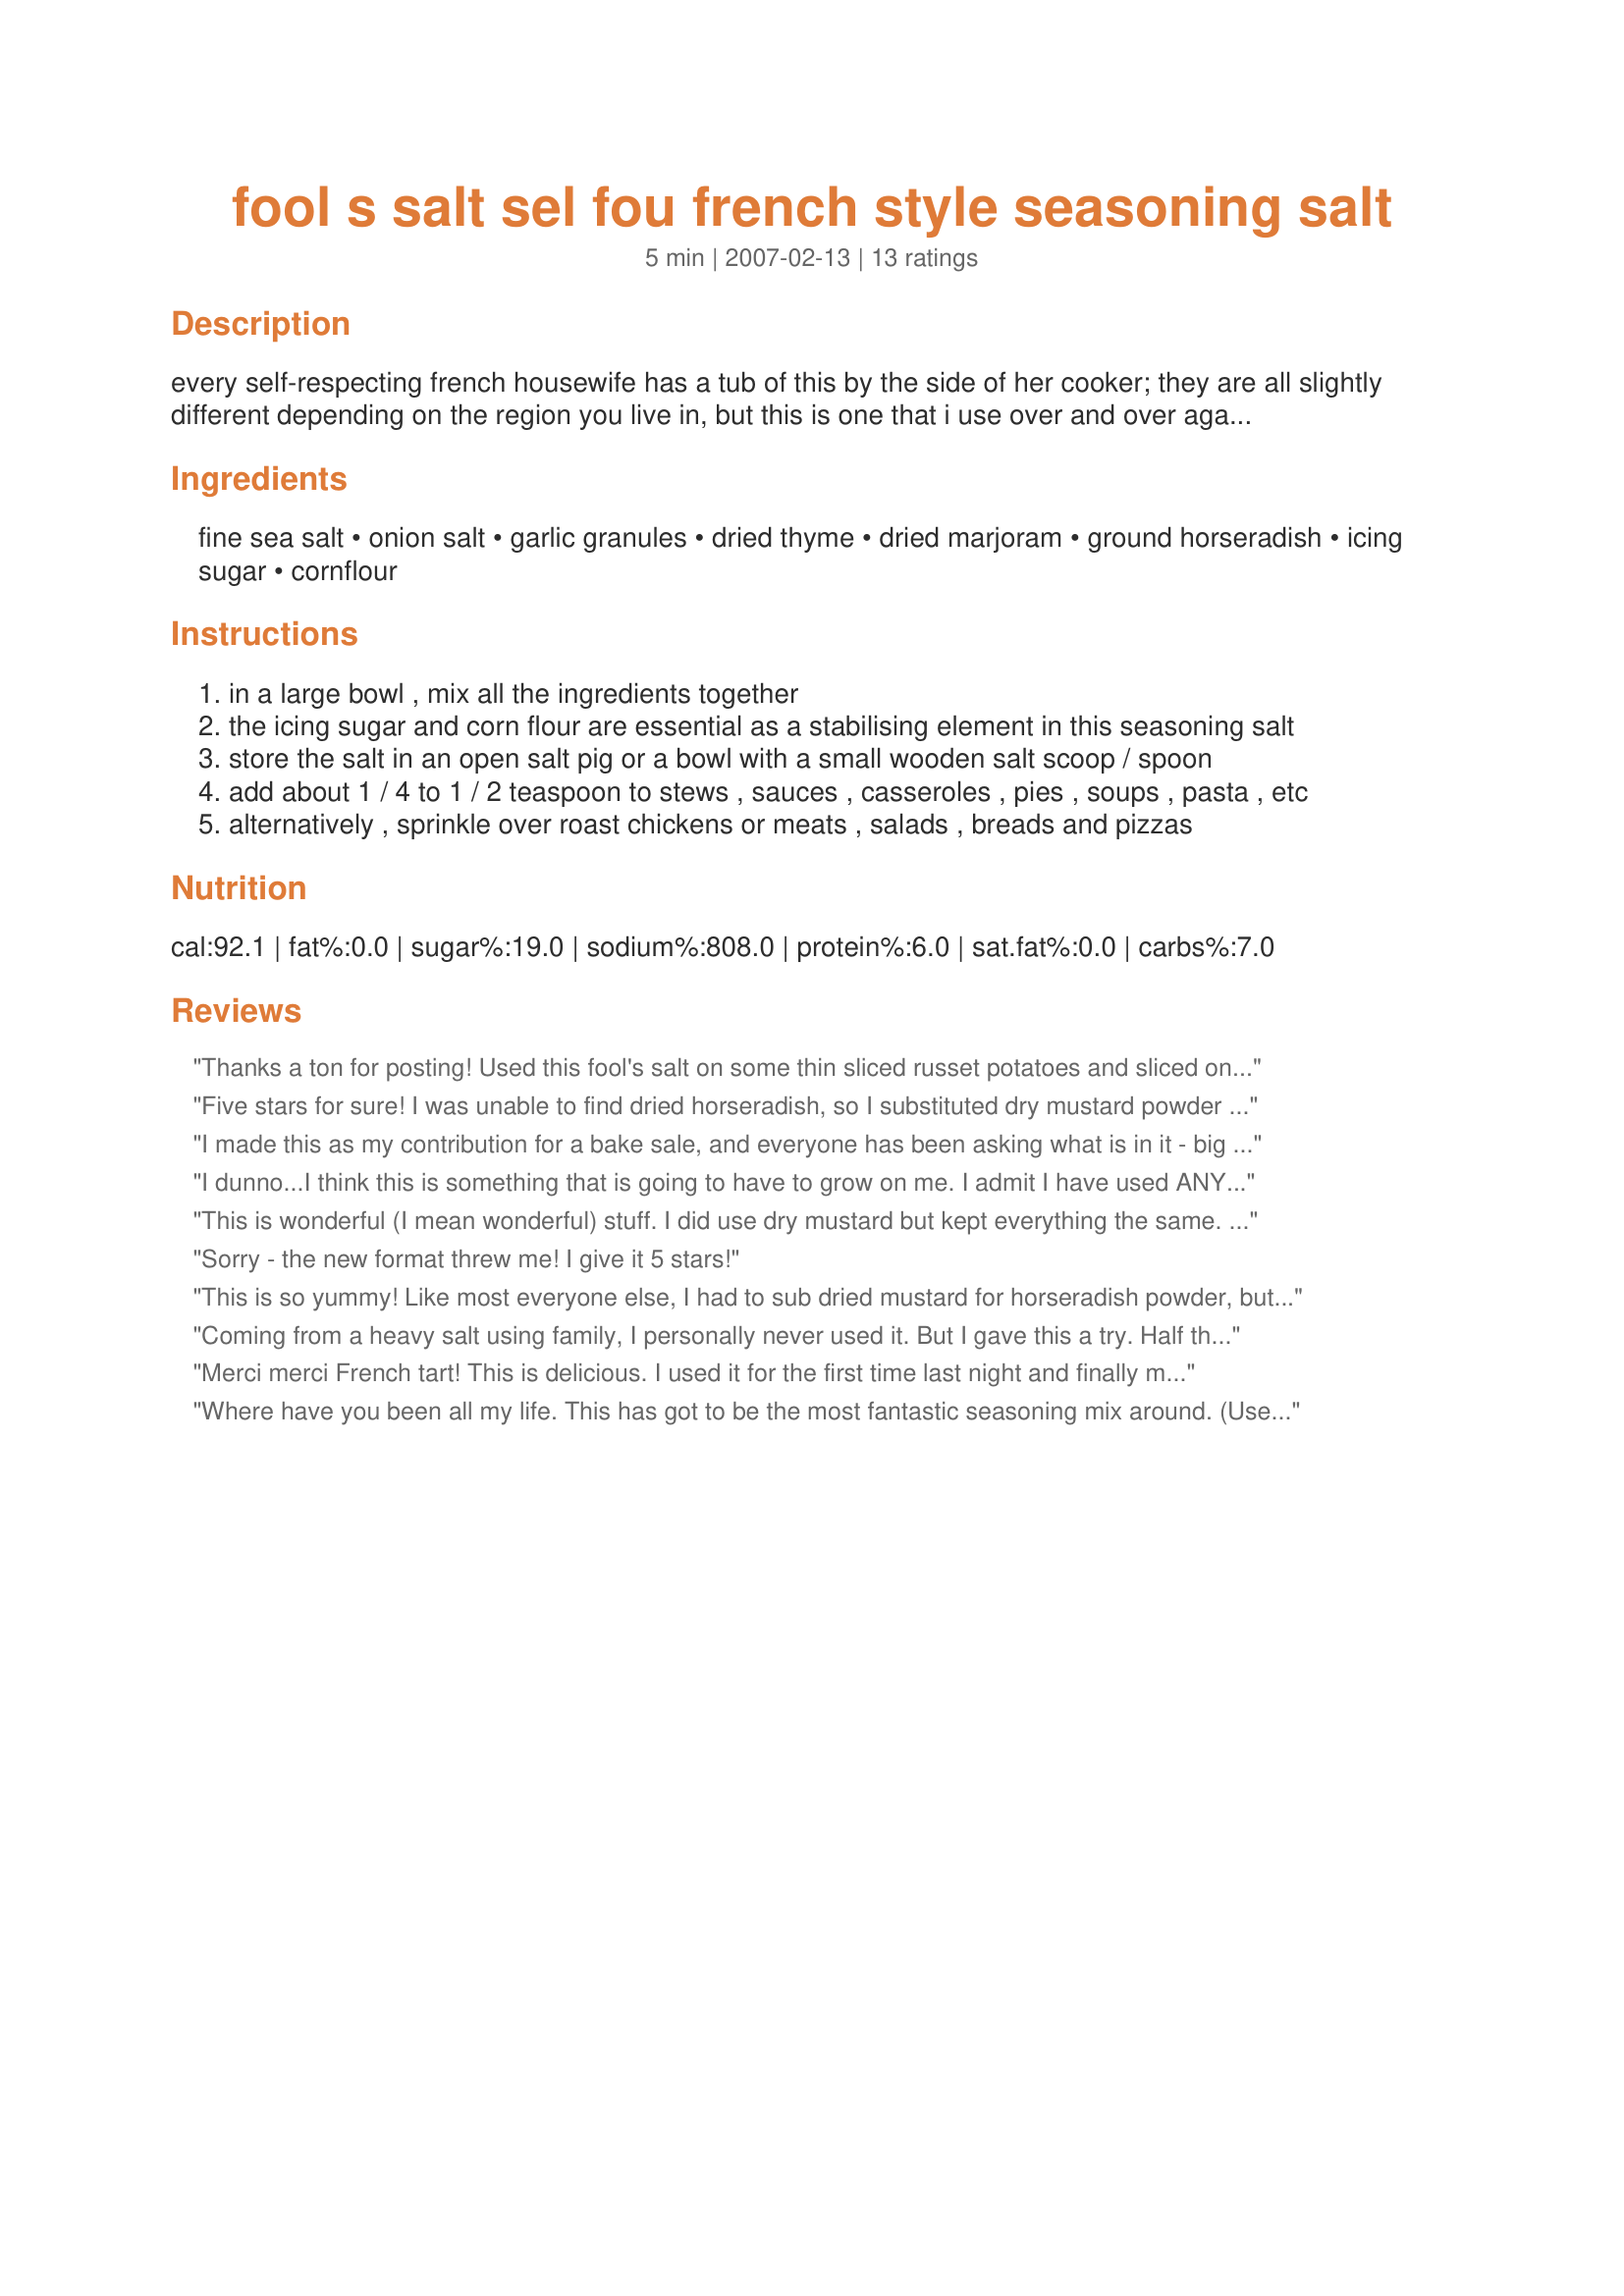
fool s salt sel fou french style seasoning salt
Preparation time: 5 minutes

every self-respecting french housewife has a tub of this by the side of her cooker; they are all slightly different depending on the region you live in, but this is one that i use over and over again. it has just a hint of herbs & spices, enhancing a dish rather than overpowering it. the french call this "sel fou" or fool's salt, which is a wonderful name for it i think! please note, i have not added any chilli powder or cayenne pepper in this mix - i realise that hot spices are popular in seasoning salts, but this is herbal rather than spiced! i use it to sprinkle over salads, add it to pasta, stews, soups, daubes, casseroles, pies, roast chicken & meat etc. it is also great sprinkled onto hot chips (french fries) & over the top of pizzas. i don't like to make huge quantities, due to the herbs losing their freshness and flavour - so, this makes about 125g (just over 5 ozs) of fool's salt; you can of course increase the quantities if you wish!

Ingredients:
fine sea salt, onion salt, garlic granules, dried thyme, dried marjoram, ground horseradish, icing sugar, cornflour

Steps:
in a large bowl , mix all the ingredients together
the icing sugar and corn flour are essential as a stabilising element in this seasoning salt
store the salt in an open salt pig or a bowl with a small wooden salt scoop / spoon
add about 1 / 4 to 1 / 2 teaspoon to stews , sauces , casseroles , pies , soups , pasta , etc
alternatively , sprinkle over roast chickens or meats , salads , breads and pizzas

Reviews:
Thanks a ton for posting! Used this fool's salt on some thin sliced russet potatoes and sliced onions lightly coated with garlic olive oil and put in oven on 350 for 50 min or so. sooo yummy! also used the other night on some plain white fish with a little olive oil and some white wine. wonderful taste and not salty at all!!!
Five stars for sure! I was unable to find dried horseradish, so I substituted dry mustard powder as suggested by a previous reviewer. I find I'm using this seasoning salt for almost everything. Thank-you Tarty! :)
I made this as my contribution for a bake sale, and everyone has been asking what is in it - big hit! 50g of fine sea salt is 3 tbl for those who have not yet bought a digital scale. Thanks for posting, FT!
I dunno...I think this is something that is going to have to grow on me. I admit I have used ANY seasoned salt only a couple of times a year and this certainly has more flavor and MUCH more interesting flavor than L...ry's! I shall have to use more and contemplate...
This is wonderful (I mean wonderful) stuff. I did use dry mustard but kept everything the same. I have used in on vegetables, in some soups and the other night on chicken. Definately a keeper! Thank you for posting and this is going into my Favorites of 214. Made for Aussie/NZ recipe swap.
Sorry - the new format threw me! I give it 5 stars!
This is so yummy! Like most everyone else, I had to sub dried mustard for horseradish powder, but I absolutely love it and sprinkle it on just about everything. Thank you for posting!
Coming from a heavy salt using family, I personally never used it. But I gave this a try. Half the fun was grinding the organic sea salt in the mortar & pestle, getting it nice and fine. Subbed out the horseradish as I had none, for a bit of dry English Mustard. This is so darned good! Just a pinch I used but it really enhanced the cooking. Instantly a favourite!
Merci merci French tart! This is delicious. I used it for the first time last night and finally made something that I felt was appropriately seasoned! Thank you so much. (I also used dried mustard instead of horseradish) **EDIT** I always have a jar of this - it is AMAZING. I've made it once with mustard and once with horseradish, and I actually like the mustard better.
Where have you been all my life. This has got to be the most fantastic seasoning mix around. (Used dried mustard) I've been using is constantly in pretty much everything. It sits next to the stove, to make it very handy. I think the BEST is using it in fried onions. It makes eating them kinda heavenly sinful. :) Thanks FT...my adventure continues. Made for the Auzzie/NZ Recipe Swap #38
liked this used dry mustard like freya thanks for hint
Excellent but what else would we expect from French Tart. Used on French Fries today can't wait to try in soup. Thanks FT
I love this! Something new and wonderful to add to my herb and spice collection. The moment I mixed this up I knew it was just the thing I was looking for, I will be using it often. Thanks for posting it!
ZWT3
